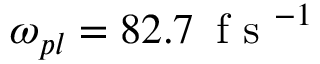
\omega _ { p l } = 8 2 . 7 \, \mathrm { ~ f ~ s ~ } ^ { - 1 }